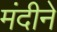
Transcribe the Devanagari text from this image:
मंदीने